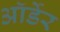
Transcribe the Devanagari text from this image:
ऑर्डेर